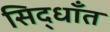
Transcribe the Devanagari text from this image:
सिद्धाँत